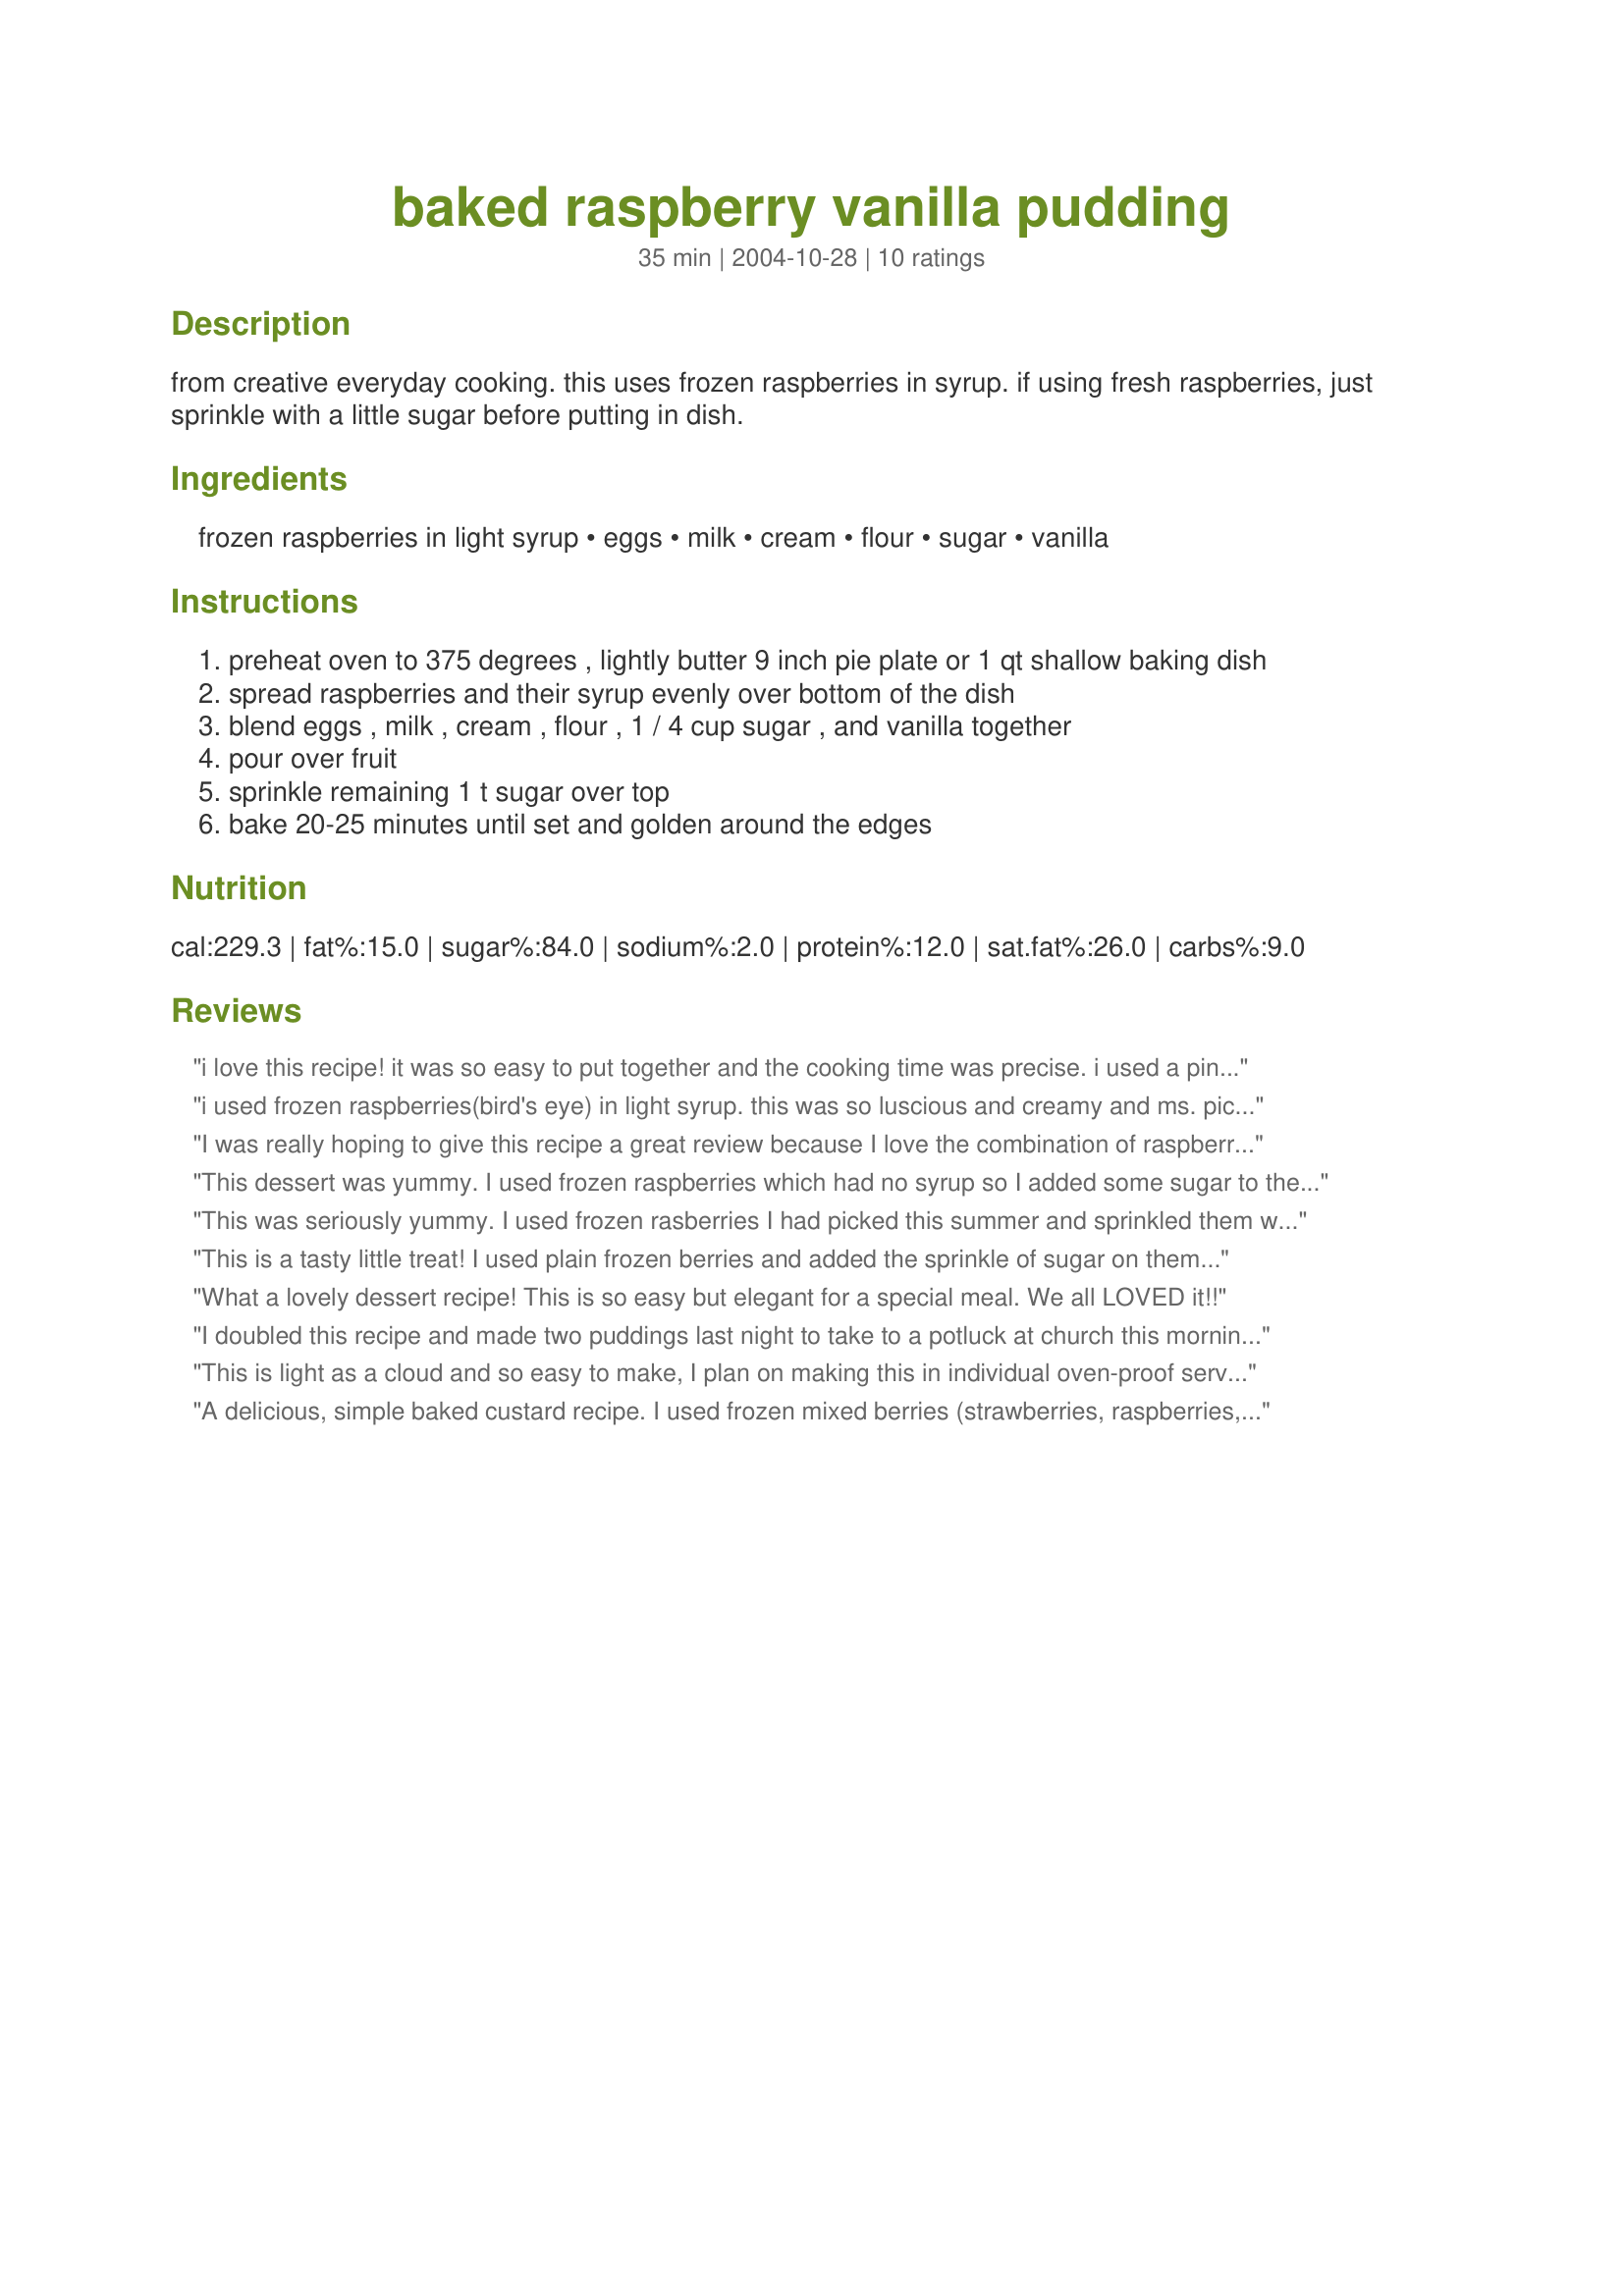
baked raspberry vanilla pudding
Preparation time: 35 minutes

from creative everyday cooking. this uses frozen raspberries in syrup. if using fresh raspberries, just sprinkle with a little sugar before putting in dish.

Ingredients:
frozen raspberries in light syrup, eggs, milk, cream, flour, sugar, vanilla

Steps:
preheat oven to 375 degrees , lightly butter 9 inch pie plate or 1 qt shallow baking dish
spread raspberries and their syrup evenly over bottom of the dish
blend eggs , milk , cream , flour , 1 / 4 cup sugar , and vanilla together
pour over fruit
sprinkle remaining 1 t sugar over top
bake 20-25 minutes until set and golden around the edges

Reviews:
i love this recipe! it was so easy to put together and the cooking time was precise. i used a pint of fresh raspberries and sprinkled with sugar. when i added the pudding the berries floated to the top. the sweet pudding and tart berries are a wonderful combination.
i used frozen raspberries(bird's eye) in light syrup. this was so luscious and creamy and ms. picky and i loved it. i really oinked out and served it with a dollop of real whipped cream. heavenly!!!!
I was really hoping to give this recipe a great review because I love the combination of raspberries and vanilla pudding. However, I found this recipe too "eggy". I also think a 9-inch pie plate results in a thin layer of pudding...I had to scrape it out rather than scoop it into serving dishes. This recipe might be better baked in a pie crust. I will continue to tweak it, maybe reduce eggs and use cornstarch in place of the flour.
This dessert was yummy. I used frozen raspberries which had no syrup so I added some sugar to them. We had this with ice cream. Thanks for a great recipe.
This was seriously yummy. I used frozen rasberries I had picked this summer and sprinkled them with sugar. I am going to be making this so often. I have a lot of blueberries so I will try it with those instead. The rasberries in it were fantastic though. I could go on and on... I just highly recommend this. So easy, would be a fun desert to make with kids. Thanks!
This is a tasty little treat! I used plain frozen berries and added the sprinkle of sugar on them. I did have to bake it slightly more than specified, but it turned out perfect.
What a lovely dessert recipe! This is so easy but elegant for a special meal. We all LOVED it!!
I doubled this recipe and made two puddings last night to take to a potluck at church this morning. Unfortunately I will only be taking one of them with me. My DH and 2 older daughters all voted last night that we really should try one to make sure they turned out okay to take as it was a new recipe. That was their cover-up to "Wow! they smell so good." and "We might not get to try Mom's dessert". I love the fact that the custard isn't very sweet so the raspberry taste really shines through. The only issue I had is the custard tended to weep a little around the raspberries, so next time I will try omitting some of the raspberry syrup to see if that resolves the issue. Thanks for sharing your recipe KelBel.
This is light as a cloud and so easy to make, I plan on making this in individual oven-proof serving dishes also, I subbed frozen strawberries in syrup in place of raspberries, it is so good, what a great dessert recipe Kel, thanks for sharing, Kitten:)
A delicious, simple baked custard recipe. I used frozen mixed berries (strawberries, raspberries, blueberries, and blackberries) and sprinkled them with a little sugar as they were unsweetened. I used raw whole Jersey milk and very rich cream for the milk and cream, and double strength vanilla. I was able to whip it up and bake it while preparing dinner, then I let it cool while we ate. After dinner, I spooned it up and topped with whipped cream. It was lovely! I did go a little heavy on the berries--I used most of a 6 oz bag instead of only 10 ozs--but I loved the fruitiness of the final product. DH enjoyed it very well, too. DS didn't care so much for his, but he's not a berry fan (yet!). Thank you so much for sharing this recipe, KelBel!
